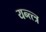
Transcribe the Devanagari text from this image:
यन्त्त्त्र